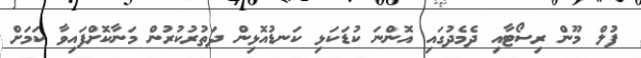
ފުލް މޫން ރިސޯޓާއި ދެމެދުގައި އޮންނަ ކުޑަކަޅި ކަނޑުއޮޅިން ދަތުރުކުރުން މަނާކޮށްފައިވާ ކަމަށް